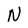
Character: N